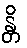
န္တိ